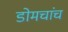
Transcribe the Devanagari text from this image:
डोमचांच